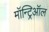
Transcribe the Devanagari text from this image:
मॉन्ट्रिऑल